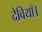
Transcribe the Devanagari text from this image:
देवियाँ।